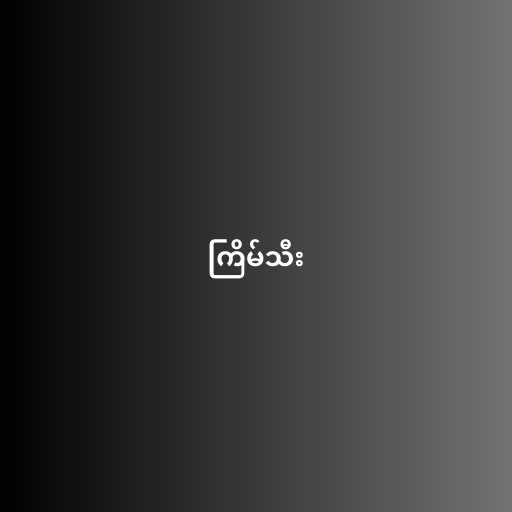
ကြိမ်သီး